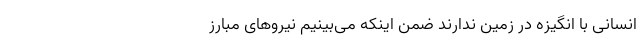
انسانی با انگیزه در زمین ندارند ضمن اینکه می‌بینیم نیرو‌های مبارز